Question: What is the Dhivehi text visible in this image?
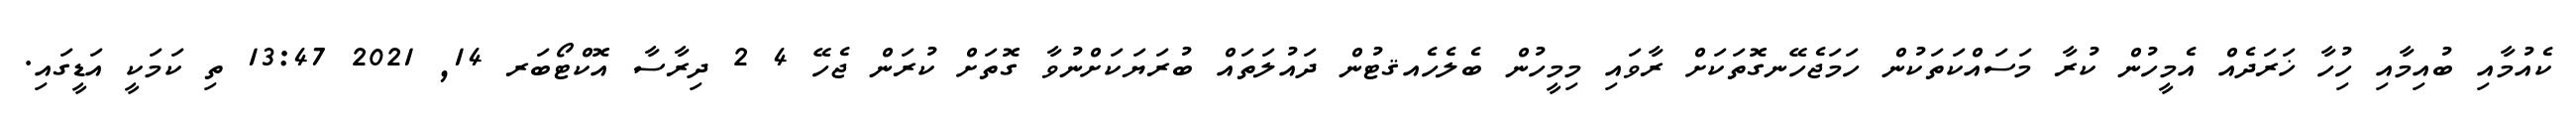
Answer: ކެއުމާއި ބުއިމާއި ހުިހާ ޚަރަދެއް އެމީހުން ކުރާ މަސައްކަތަކުން ހަމަޖެހޭނގޮތަކަށް ރާވައި މިމީހުން ބެލެހެއޤޓުން ދައުލަތައް ބުރަޔަކަށްނުވާ ގޮތަށް ކުރަން ޖެހޭ 4 2 ދިރާސާ އޮކްޓޯބަރ 14, 2021 13:47 ތި ކަމަކީ އަޑީގައި.